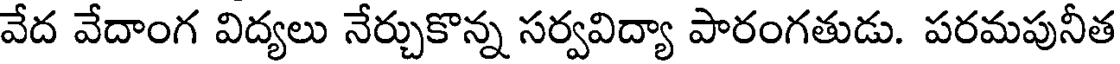
వేద వేదాంగ విద్యలు నేర్చుకొన్న సర్వవిద్యా పారంగతుడు. పరమపునీత